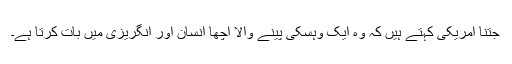
جتنا امریکی کہتے ہیں کہ وہ ایک وہسکی پینے والا اچھا انسان اور انگریزی میں بات کرتا ہے۔